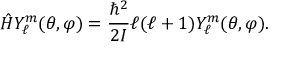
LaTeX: { \hat { H } } Y _ { \ell } ^ { m } ( \theta , \varphi ) = { \frac { \hbar ^ { 2 } } { 2 I } } \ell ( \ell + 1 ) Y _ { \ell } ^ { m } ( \theta , \varphi ) .